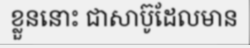
ខ្លួននោះ ជាសាប៊ូដែលមាន